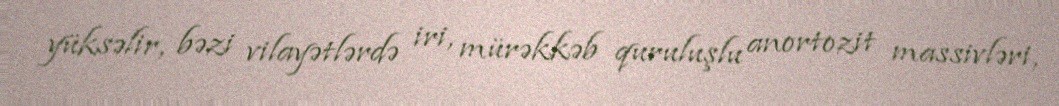
yüksəlir, bəzi vilayətlərdə iri, mürəkkəb quruluşlu anortozit massivləri,